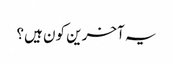
یہ آخرین کون ہیں؟